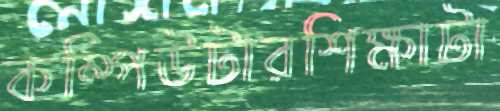
কম্পিউটারশিক্ষাটা